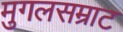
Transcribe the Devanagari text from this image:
मुगलसम्राट